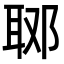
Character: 郰